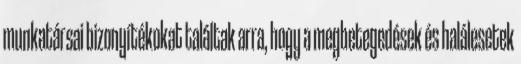
munkatársai bizonyítékokat találtak arra, hogy a megbetegedések és halálesetek